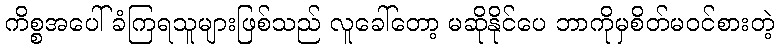
ကိစ္စအပေါ် ခံကြရသူများဖြစ်သည် လူခေါ်တော့ မဆိုနိုင်ပေ ဘာကိုမှစိတ်မဝင်စားတဲ့